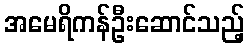
အမေရိကန်ဦးဆောင်သည့်